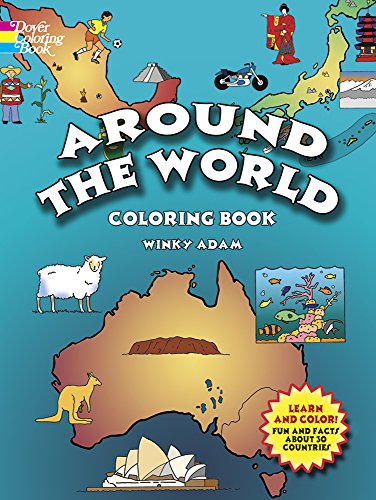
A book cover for Around the World Coloring Book (Dover History Coloring Book); Winky Adam; Children's Books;